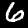
Label: 6